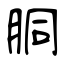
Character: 胴